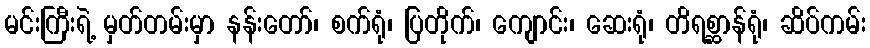
မင်းကြီးရဲ့ မှတ်တမ်းမှာ နန်းတော်၊ စက်ရုံ၊ ပြတိုက်၊ ကျောင်း၊ ဆေးရုံ၊ တိရစ္ဆာန်ရုံ၊ ဆိပ်ကမ်း